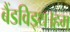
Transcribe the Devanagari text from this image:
बैंडविड्थ।हम